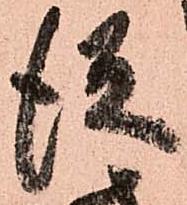
従